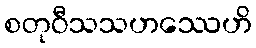
စတုဝီသသဟဿေဟိ